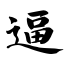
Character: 逼